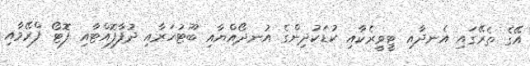
އޭގެ ތެރޭގައި އެނދާއި ޓީވީރެކާއި ކުޑަކުދިންގެ އުނދޯއްޔާއި ބޫޓުހަރާއި ދުފާފޮއްޓާއި ފޮޓޯ ފްރޭމާއި